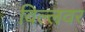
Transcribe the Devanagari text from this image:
विल्लवर